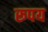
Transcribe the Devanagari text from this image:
रूपय